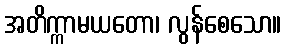
အတိက္ကာမယတော၊ လွန်စေသော။